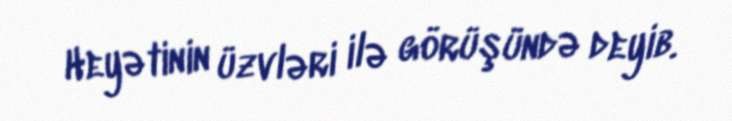
Heyətinin üzvləri ilə görüşündə deyib.